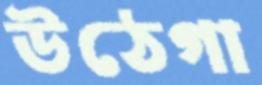
উঠেগা